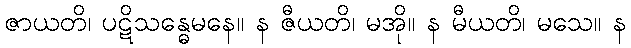
ဇာယတိ၊ ပဋိသန္ဓေမနေ။ န ဇီယတိ၊ မအို။ န မီယတိ၊ မသေ။ န